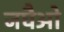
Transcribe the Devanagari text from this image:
जघैओ